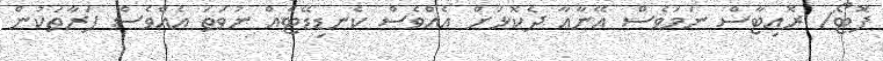
ފޮޓޯ/ ރޮއިޓާސް ނަމަވެސް އޭނާއާ ދެކޮޅަށް އެއްވެސް ކެނޑިޑޭޓެއް ނުވަތަ އެއްވެސް ފަރާތަކުން